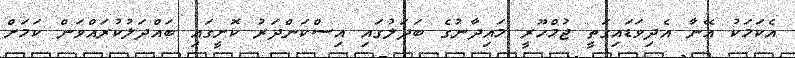
އެކަމަކު އޭނާ އެދިވަޑައިގަތީ ޖުމްހޫރީ މައިދާނުގެ ބަދަލުގައި އިސްކަންދަރު ކޮށީގައި ބައްދަލުކުރައްވަން ކަމަށް